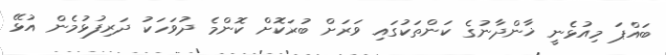
ބައްޕަ މިއުޅެނީ ޚާންދާނުގެ ކަންތަކުގައި ވަރަށް ބުރަކޮށް ކޮންމެ ދުވަހަކު ދަރިފުޅުމެން އުޅޭ